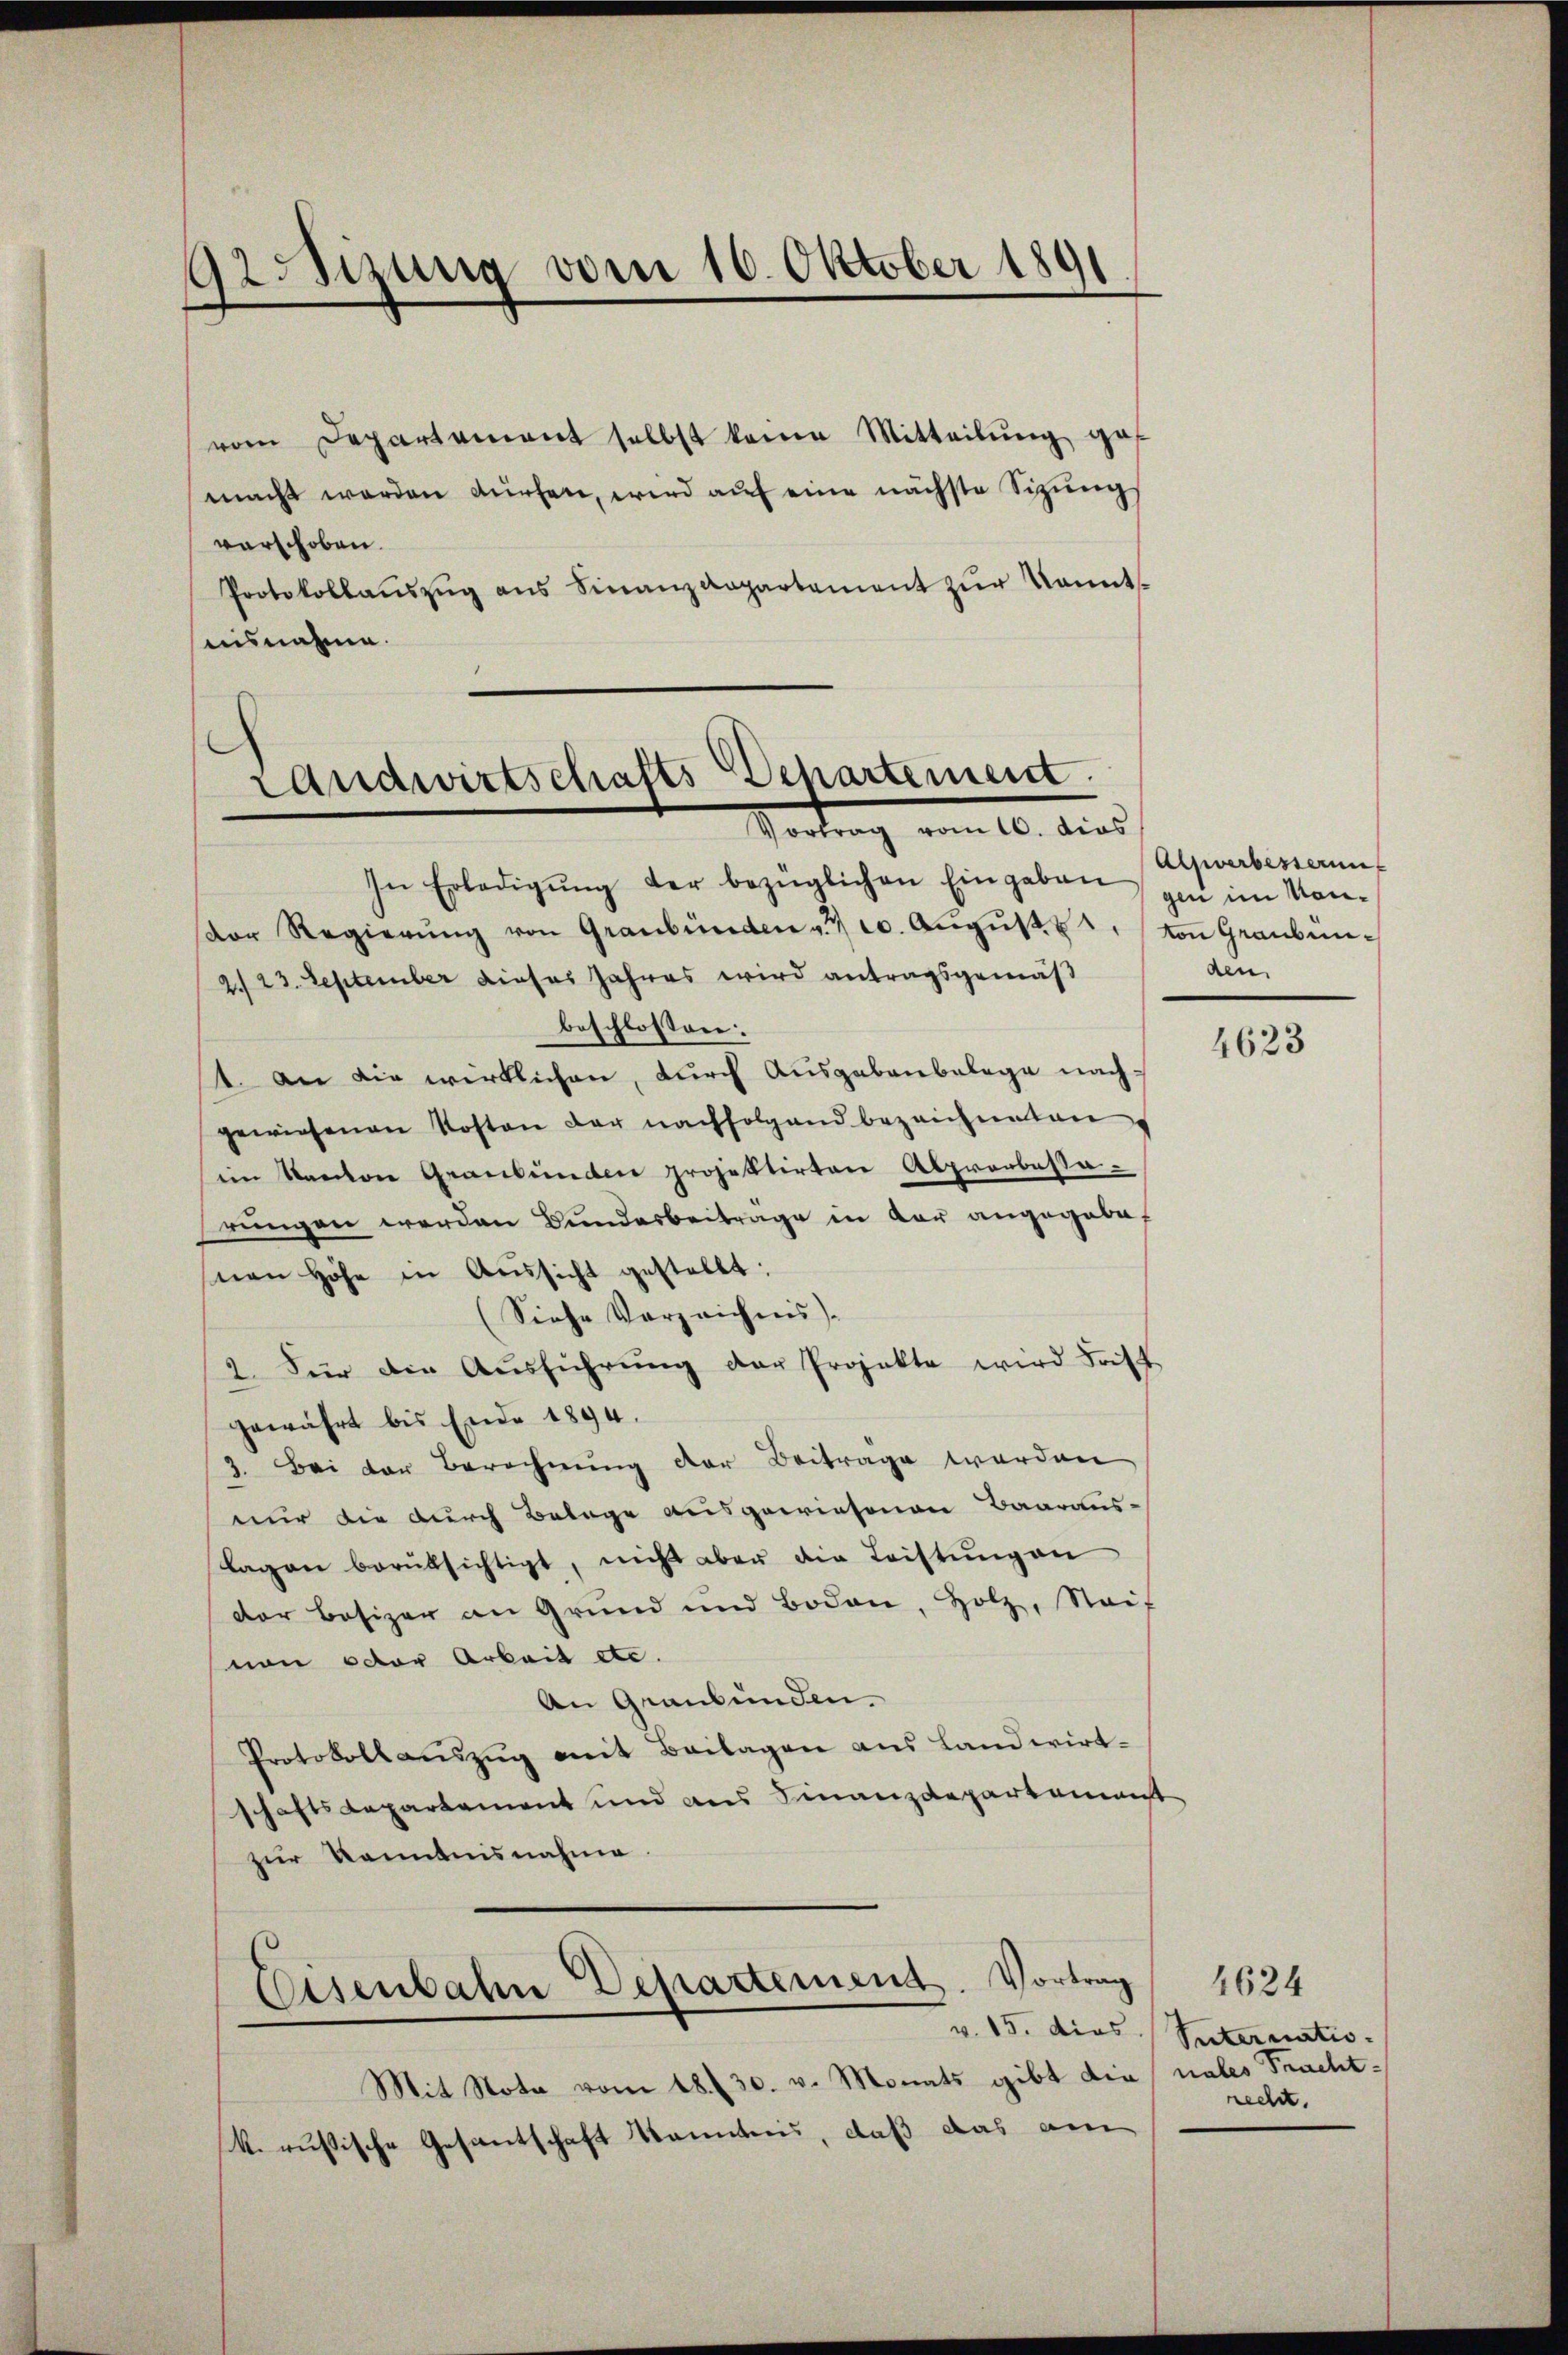
sizung vom 10. Oktober 1891

vom Departement selbst keine Mitteilŭng gef
macht werden dürfen, wird auf eine nächste Sitzungs
vorschoben.
Protokollaŭszŭg ans Finanzdepartement zŭr Kenntuisnahme.

Landwirtschafts Departement.
Vortrag von 10. dies

In Erledigŭng der bezüglichen Eingaben
or Regierŭng von Graubünden a. c. Aŭgŭst 22. von Graubün¬
2./23. September dieses Jahres wird antragsgemäß
beschlossen:
st. An die wirklichen, durch Ausgabenbelage nachgewiesenen Kosten der nachfolgend bezeichneten
im Kanton Graubünden projektirten Alprorbassarungen werden Bundesbeitrage in der angegebet
snen Höhe in Aussicht gestellt:
(Siehe Verzeichnis.
2. Für die Ausführung der Projekte wird dast
gewährt bis Ende 1894.
3. Bei der Berechnung der Beitrage werden
nur die durch Belage ausgewiesenen Baaraus-
lagen berüksichtigt, nicht aber die Leistŭngen
der Besizer an Grund und Boden, Holz, Saif
von der Arbeit etc.
An Graubünden.
Protokollaŭszŭg mit Beilagen ans Landwirt-
schaftsdepartement und aus Finanzdepartement
zur Kenntnisnahme
Eisenbahn Departemend. Vortrag
v. 15. dies Suternatio
Mit Nota vom 18. 30. v. Monats gibt die nales Frachtk. russische Gesantschaft Kenntnis, daß das am

Alwerbessen
gen im Monden

4623

4624
recht.